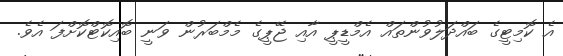
އެ ކޮމިޓީގެ ބައްދަލުވުންތައް އެމްޑީޕީ އާއި ޖޭޕީގެ މެމްބަރުން ވަނީ ބޮއިކޮޓްކޮށްފަ އެވެ.